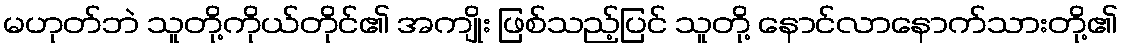
မဟုတ်ဘဲ သူတို့ကိုယ်တိုင်၏ အကျိုး ဖြစ်သည့်ပြင် သူတို့ နောင်လာနောက်သားတို့၏